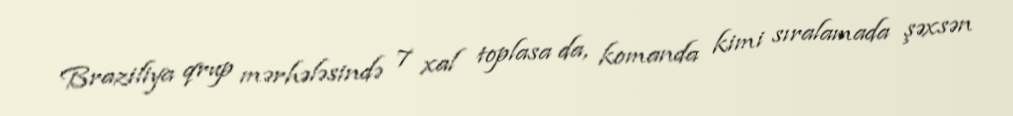
Braziliya qrup mərhələsində 7 xal toplasa da, komanda kimi sıralamada şəxsən